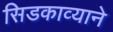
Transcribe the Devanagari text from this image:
सिडकाव्याने